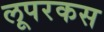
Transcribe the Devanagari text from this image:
लूपरकस